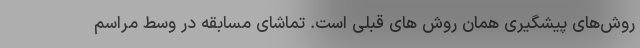
روش‌های پیشگیری همان روش های قبلی است. تماشای مسابقه در وسط مراسم